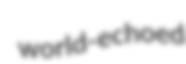
world-echoed